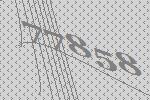
77858